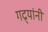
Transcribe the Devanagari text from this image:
गद्र्‍यांनी